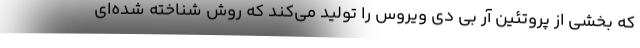
که بخشی از پروتئین آر بی دی ویروس را تولید می‌کند که روش شناخته شده‌ای